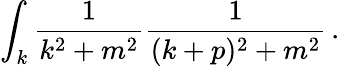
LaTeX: \int_{k}{\frac{1}{k^{2}+m^{2}}}{\frac{1}{(k+p)^{2}+m^{2}}}\, .